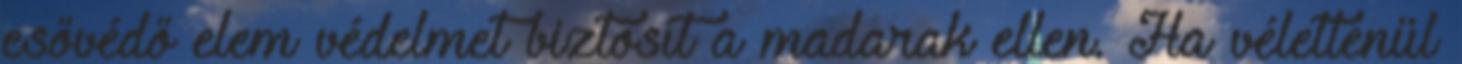
esővédő elem védelmet biztosít a madarak ellen. Ha véletlenül